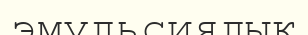
эмульсиялық